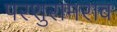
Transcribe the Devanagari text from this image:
परशुरामराव